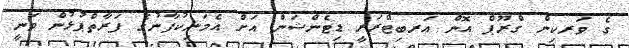
ގެ ވަރކިން ގްރޫޕް އޮން އަރބިޓްރަރީ ޑިޓެންޝަން އަށް އެމަނިކުފާނުގެ ފަރާތްޕުޅުން ވަނީ